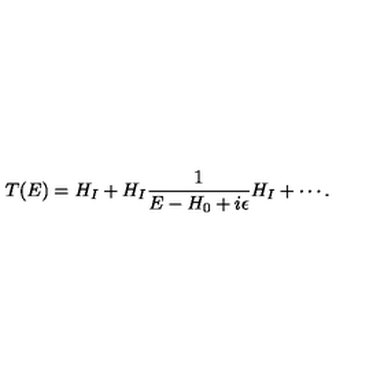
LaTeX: T ( E ) = H _ { I } + H _ { I } \frac { 1 } { E - H _ { 0 } + i \epsilon } H _ { I } + \cdots .